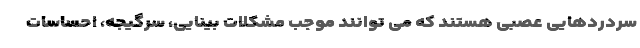
سردردهایی عصبی هستند که می توانند موجب مشکلات بینایی، سرگیجه، احساسات